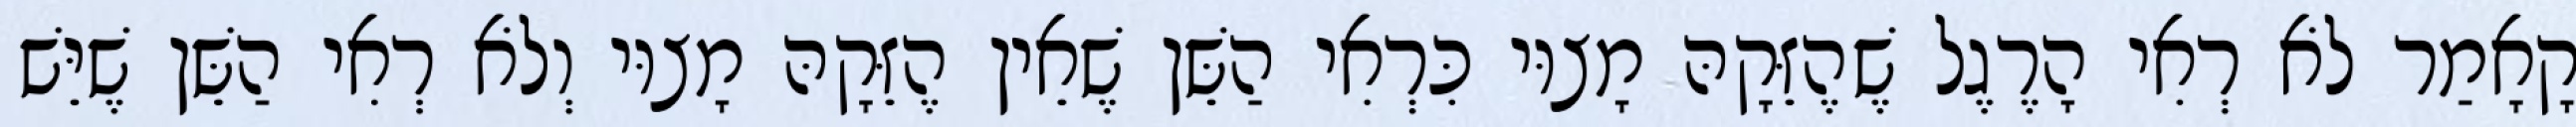
קָאָמַר לֹא רְאִי הָרֶגֶל שֶׁהֶזֵּקָהּ מָצוּי כִּרְאִי הַשֵּׁן שֶׁאֵין הֶזֵּקָהּ מָצוּי וְלֹא רְאִי הַשֵּׁן שֶׁיֵּשׁ